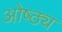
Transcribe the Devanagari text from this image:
ओष्ठ्य